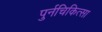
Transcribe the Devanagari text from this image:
पुर्नचिकित्सा